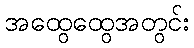
အထွေထွေအတွင်း